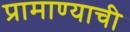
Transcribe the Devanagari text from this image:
प्रामाण्याची